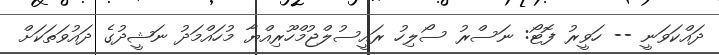
ދައްކަވަނީ -- ހަވީރު ފޮޓޯ: ނަސްރު ސޯލިހު ރައީސުލްޖުމްހޫރިއްޔާ މުހައްމަދު ނަޝީދުގެ ދައުވަތަކަށް